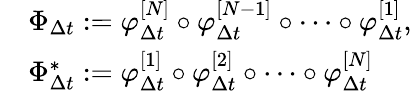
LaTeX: \begin{array}{rl}&{\Phi_{\Delta{t}}:=\varphi_{\Delta{t}}^{[N]}\circ\varphi_{\Delta{t}}^{[N-1]}\circ\cdots\circ\varphi_{\Delta{t}}^{[1]},}\\ &{\Phi_{\Delta{t}}^{\ast}:=\varphi_{\Delta{t}}^{[1]}\circ\varphi_{\Delta{t}}^{[2]}\circ\cdots\circ\varphi_{\Delta{t}}^{[N]}}\end{array}